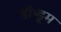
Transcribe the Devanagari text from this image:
डॉ॰डूम